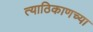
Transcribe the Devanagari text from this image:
त्याठिकाणच्या